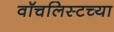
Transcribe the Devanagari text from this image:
वॉचलिस्टच्या